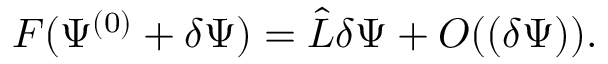
{ \cal F } ( \Psi ^ { ( 0 ) } + \delta \Psi ) = \hat { L } \delta \Psi + { \cal O } ( ( \delta \Psi ) ) .